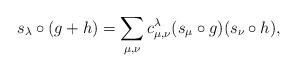
LaTeX: \begin{align*}s_\lambda \circ (g+h) &= \sum_{\mu,\nu} c_{\mu,\nu}^\lambda (s_\mu \circ g) (s_\nu \circ h),\end{align*}